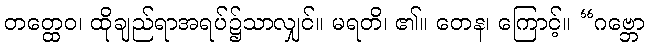
တတ္ထေဝ၊ ထိုချည်ရာအရပ်၌သာလျှင်။ မရတိ၊ ၏။ တေန၊ ကြောင့်။ “ဂဗ္ဘော